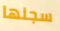
سجلها